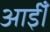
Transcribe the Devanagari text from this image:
आईँ।